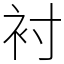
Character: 衬